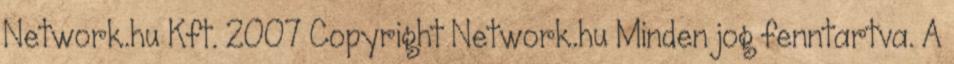
Network.hu Kft. 2007 Copyright Network.hu Minden jog fenntartva. A